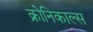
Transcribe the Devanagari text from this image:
क्रोनिकाल्स